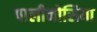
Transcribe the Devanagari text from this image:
पालीनोसिया